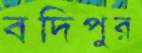
বদিপুর